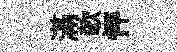
滿欹怦